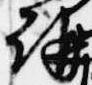
講